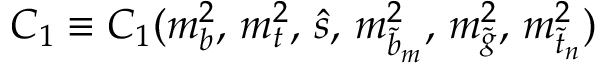
C _ { 1 } \equiv C _ { 1 } ( m _ { b } ^ { 2 } , \, m _ { t } ^ { 2 } , \, \hat { s } , \, m _ { \tilde { b } _ { m } } ^ { 2 } , \, m _ { \tilde { g } } ^ { 2 } , \, m _ { \tilde { t } _ { n } } ^ { 2 } )